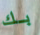
بك